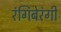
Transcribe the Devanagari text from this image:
रंगिबेरंगी